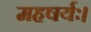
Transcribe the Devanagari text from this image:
महषर्यः।